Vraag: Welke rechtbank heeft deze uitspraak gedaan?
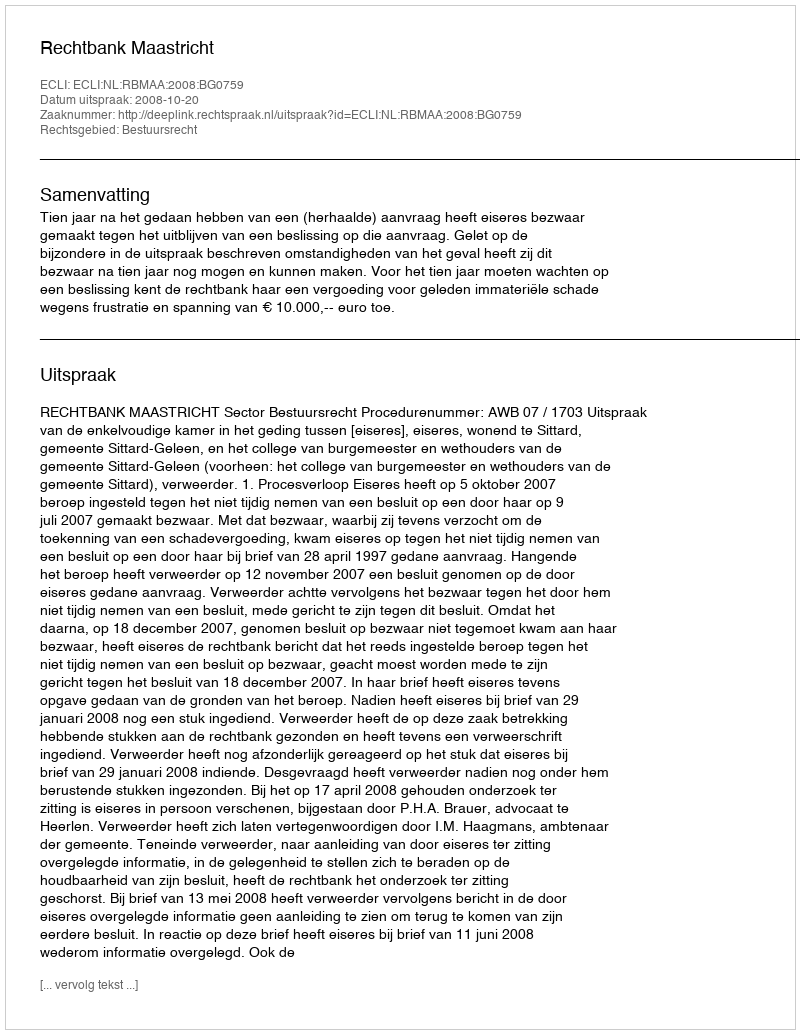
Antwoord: Rechtbank Maastricht